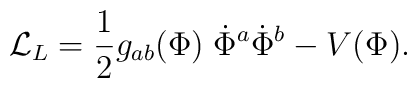
{\cal L}_L = {1\over2} g_{ab}(\Phi)\; \dot\Phi^a \dot\Phi^b - V(\Phi).